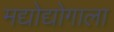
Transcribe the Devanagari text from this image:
मद्योद्योगाला